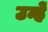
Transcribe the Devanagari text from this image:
उन्हें